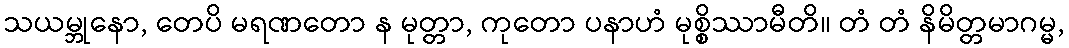
သယမ္ဘုနော, တေပိ မရဏတော န မုတ္တာ, ကုတော ပနာဟံ မုစ္စိဿာမီတိ။ တံ တံ နိမိတ္တမာဂမ္မ,